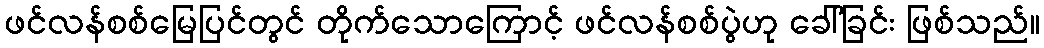
ဖင်လန်စစ်မြေပြင်တွင် တိုက်သောကြောင့် ဖင်လန်စစ်ပွဲဟု ခေါ်ခြင်း ဖြစ်သည်။